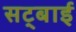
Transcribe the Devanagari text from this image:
सट्बाई